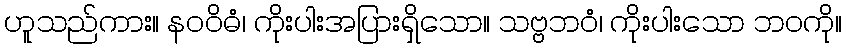
ဟူသည်ကား။ နဝဝိဓံ၊ ကိုးပါးအပြားရှိသော။ သဗ္ဗဘဝံ၊ ကိုးပါးသော ဘဝကို။